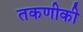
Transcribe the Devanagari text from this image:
तकणीकी